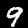
Label: 9